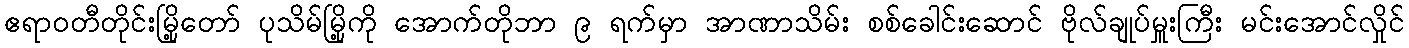
ဧရာဝတီတိုင်းမြို့တော် ပုသိမ်မြို့ကို အောက်တိုဘာ ၉ ရက်မှာ အာဏာသိမ်း စစ်ခေါင်းဆောင် ဗိုလ်ချုပ်မှူးကြီး မင်းအောင်လှိုင်